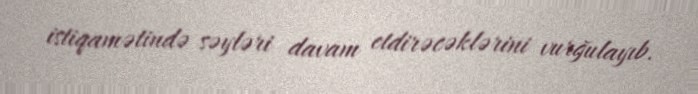
istiqamətində səyləri davam etdirəcəklərini vurğulayıb.